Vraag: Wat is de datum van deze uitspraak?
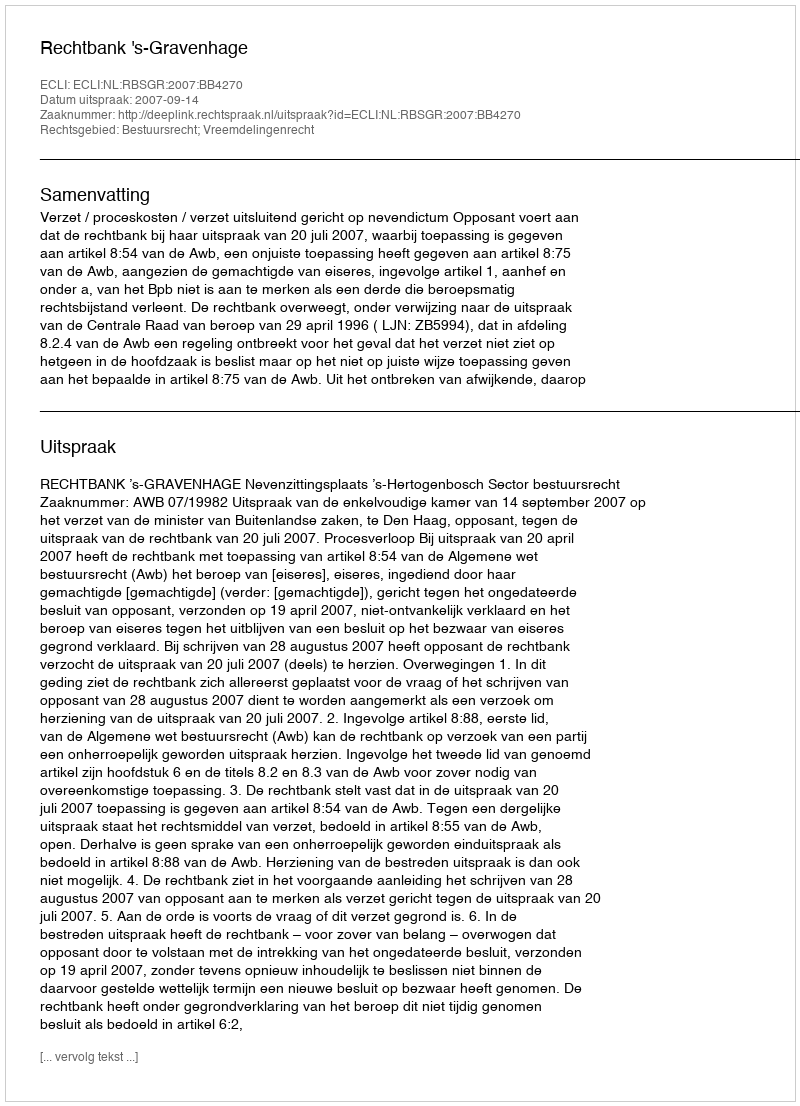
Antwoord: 2007-09-14